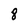
Character: 8